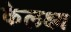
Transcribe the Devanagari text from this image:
केलक्ष्य